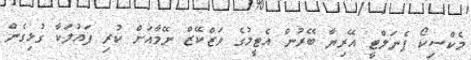
މެކްސިކޯ ޕެނަލްޓީ އޭރިޔާ ބޭރުން އެޓީމުގެ ވަޒްކޭޒް ނޭމާއަށް ކުރި ފައުލަކާ ގުޅިގެން